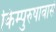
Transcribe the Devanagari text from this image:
किम्पुरुषावासं